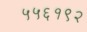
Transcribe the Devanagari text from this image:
५५६१९२